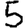
Digit: 5